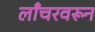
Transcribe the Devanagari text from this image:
लाँचरवरून